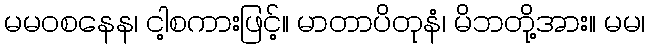
မမဝစနေန၊ ငါ့စကားဖြင့်။ မာတာပိတုနံ၊ မိဘတို့အား။ မမ၊